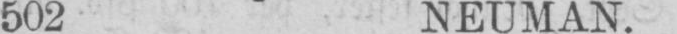
502 NEUMAN.